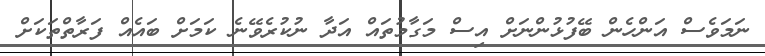
ނަމަވެސް އަންހެން ބޭފުޅުންނަށް އިސް މަގާމުތައް އަދާ ނުކުރެވޭނެ ކަމަށް ބައެއް ފަރާތްތަކަށް